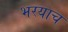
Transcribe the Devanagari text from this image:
भरयाच